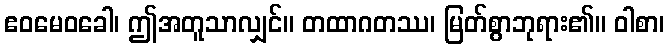
ဧဝမေဝခေါ၊ ဤအတူသာလျှင်။ တထာဂတဿ၊ မြတ်စွာဘုရား၏။ ဝါစာ၊